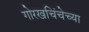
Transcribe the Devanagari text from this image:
गोरखचिंचेच्या